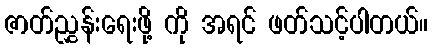
ဇာတ်ညွှန်းရေးဖို့ ကို အရင် ဖတ်သင့်ပါတယ်။